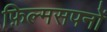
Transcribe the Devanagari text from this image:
फ़िल्मसपनों